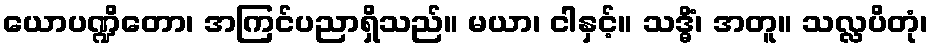
ယောပဏ္ဍိတော၊ အကြင်ပညာရှိသည်။ မယာ၊ ငါနှင့်။ သဒ္ဓိံ၊ အတူ။ သလ္လပိတုံ၊